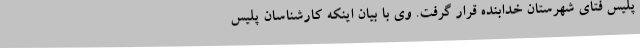
پلیس فتای شهرستان خدابنده قرار گرفت. وی با بیان اینکه کارشناسان پلیس